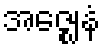
အဇ္ဈေနံ